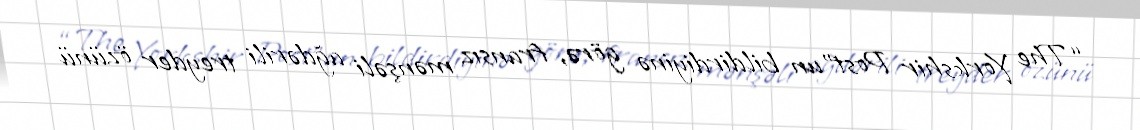
“The Yorkshir Post”un bildirdiyinə görə, fransız mənşəli ağdərili treyder özünü